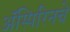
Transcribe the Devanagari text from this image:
ॲस्पिरिनचे